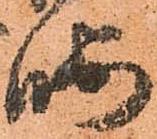
暇